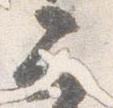
二